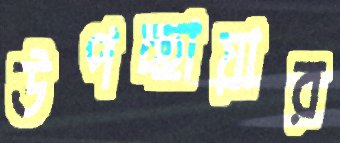
উপচ্ছায়ার